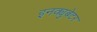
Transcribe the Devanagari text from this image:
इनक्युबेटर